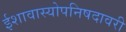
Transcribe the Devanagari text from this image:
ईशावास्योपनिषदावरी